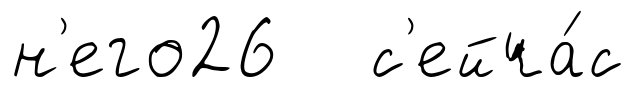
н'его26 с'ейча́с